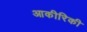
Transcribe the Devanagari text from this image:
आकीरिकी